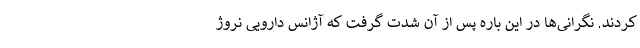
کردند. نگرانی‌ها در این باره پس از آن شدت گرفت که آژانس دارویی نروژ